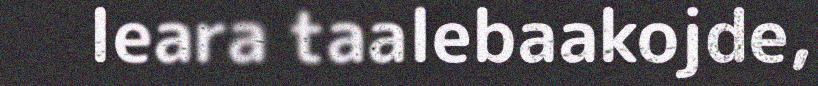
leara taalebaakojde,